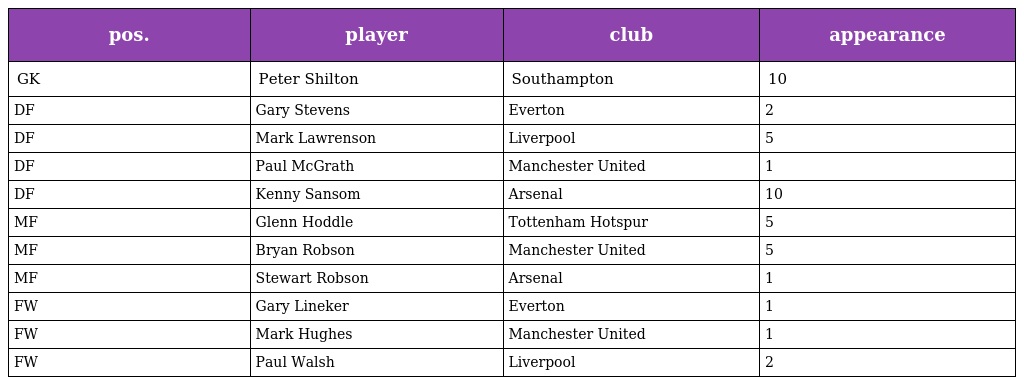
| pos. | player | club | appearance |
 | --- | --- | --- | --- |
 | GK | Peter Shilton | Southampton | 10 |
 | DF | Gary Stevens | Everton | 2 |
 | DF | Mark Lawrenson | Liverpool | 5 |
 | DF | Paul McGrath | Manchester United | 1 |
 | DF | Kenny Sansom | Arsenal | 10 |
 | MF | Glenn Hoddle | Tottenham Hotspur | 5 |
 | MF | Bryan Robson | Manchester United | 5 |
 | MF | Stewart Robson | Arsenal | 1 |
 | FW | Gary Lineker | Everton | 1 |
 | FW | Mark Hughes | Manchester United | 1 |
 | FW | Paul Walsh | Liverpool | 2 |